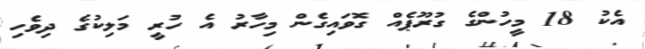
އެކު 18 މީހުންގެ ގުރޫޕެެއް ގޮވައިގެން މިހާރު އެ ހުރީ މަލިކުގެ ދިވެހި